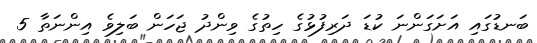
ބަނޑުގައި އަށަގަންނަ ކުޑަ ދަރިފުޅުގެ ހިތުގެ ވިންދު ޖަހަން ބަލިވެ އިންނަތާ 5